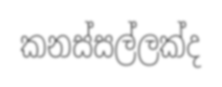
කනස්සල්ලක්ද